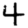
Digit: 4